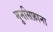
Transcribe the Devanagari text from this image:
मुनसिफ़ाना